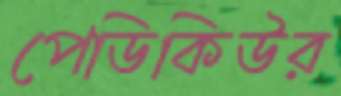
পেডিকিউর